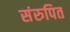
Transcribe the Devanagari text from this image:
संरुपित